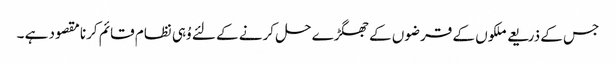
جس کے ذریعے ملکوں کے قرضوں کے جھگڑے حل کرنے کے لئے وُہی نظام قائم کرنا مقصود ہے ۔